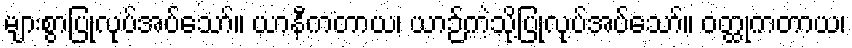
များစွာပြုလုပ်အပ်သော်။ ယာနီကတာယ၊ ယာဉ်ကဲ့သို့ပြုလုပ်အပ်သော်။ ဝတ္ထုကတာယ၊